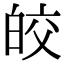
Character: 皎